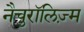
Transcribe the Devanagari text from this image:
नैचुरॉलिज़्म